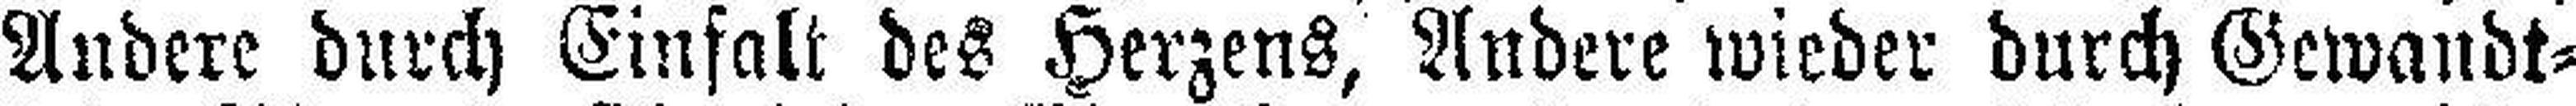
Andere durch Einfalt des Herzens, Andere wieder durch Gewandt¬